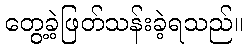
တွေ့ခဲ့ဖြတ်သန်းခဲ့ရသည်။